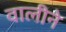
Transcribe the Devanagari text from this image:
वालीने